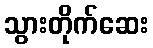
သွားတိုက်ဆေး